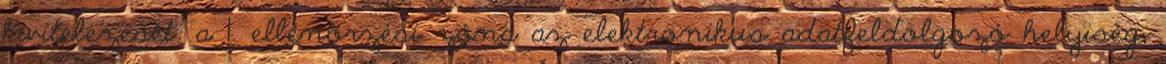
kivitelezését. a 1. ellenõrzési zóna az elektronikus adatfeldolgozó helyiség,